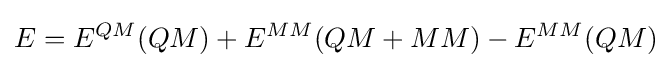
E=E^{QM}(QM)+E^{MM}(QM+MM)-E^{MM}(QM)